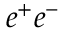
e ^ { + } e ^ { - }